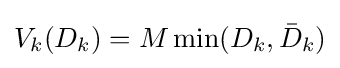
V_{k}(D_{k})=M\min(D_{k},{\bar {D}}_{k})